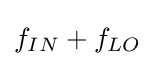
f_{IN}+f_{LO}